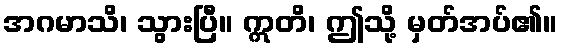
အဂမာသိ၊ သွားပြီ။ ဣတိ၊ ဤသို့ မှတ်အပ်၏။